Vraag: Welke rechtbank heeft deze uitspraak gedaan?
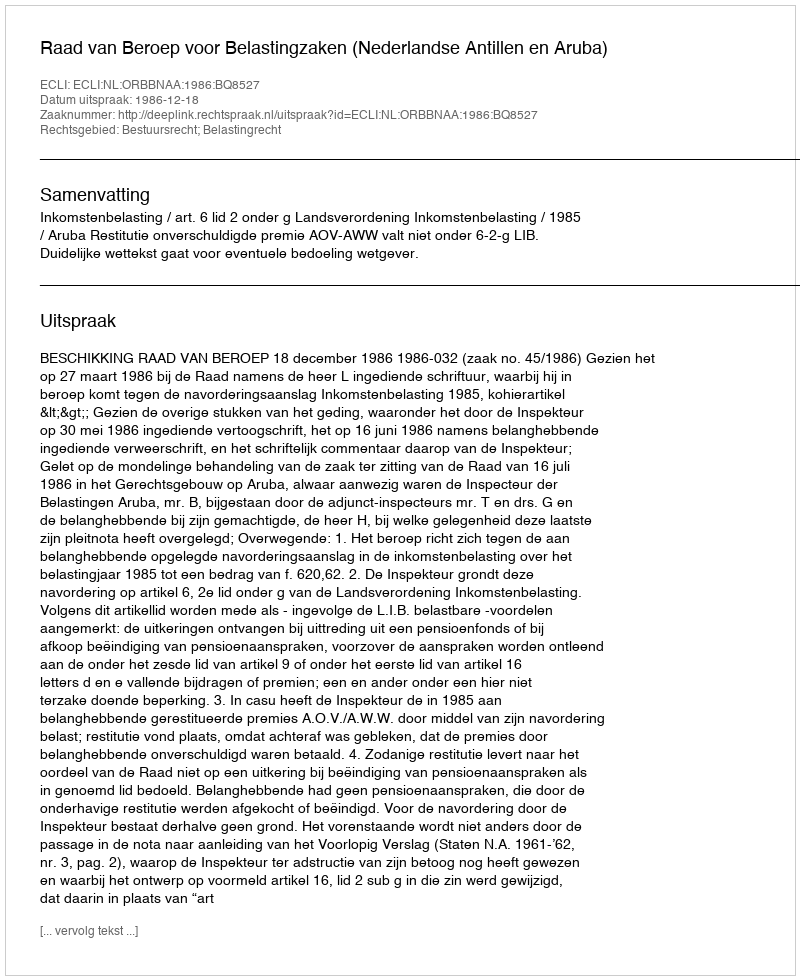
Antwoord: Raad van Beroep voor Belastingzaken (Nederlandse Antillen en Aruba)